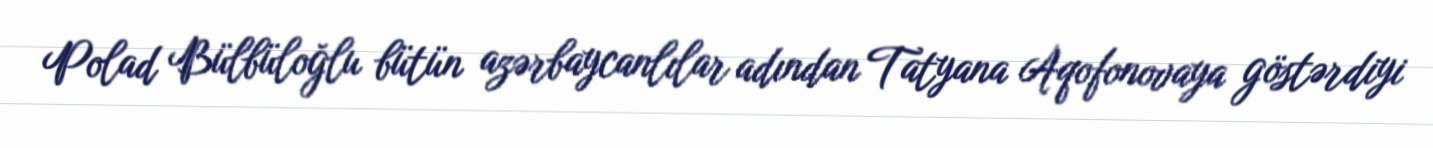
Polad Bülbüloğlu bütün azərbaycanlılar adından Tatyana Aqofonovaya göstərdiyi